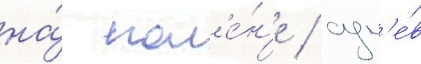
на́ кол'е́н'е / сум'е́в